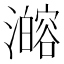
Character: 𰝦